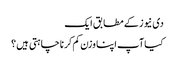
دی نیوز کے مطابق ایک
کیا آپ اپنا وزن کم کرنا چاہتی ہیں ؟